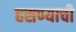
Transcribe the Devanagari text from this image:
हसण्याची